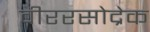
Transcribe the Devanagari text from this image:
वीररसोद्रेक